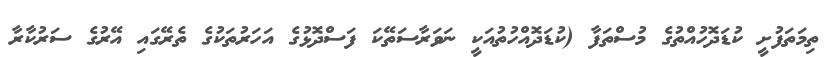
ތިމަތަފުށީ ކުޑަދޮހުއްތުގެ މުސްތަފާ (ކުޑަދޮއްހުތުއަކީ ނަވަރާސަތޭކަ ފަސްދޮޅުގެ އަހަރުތަކުގެ ތެރޭގައި އޭރުގެ ސަރުކާރާ